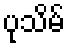
ပုသိမ်